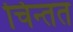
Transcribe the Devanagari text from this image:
चिन्तत